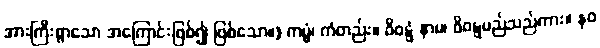
အားကြီးစွာသော အကြောင်းဖြစ်၍ ဖြစ်သော။) ကမ္မံ၊ ကံတည်း။ ဝိဝဋ္ဋံ နာမ၊ ဝိဝဋ္ဋမည်သည်ကား။ နဝ